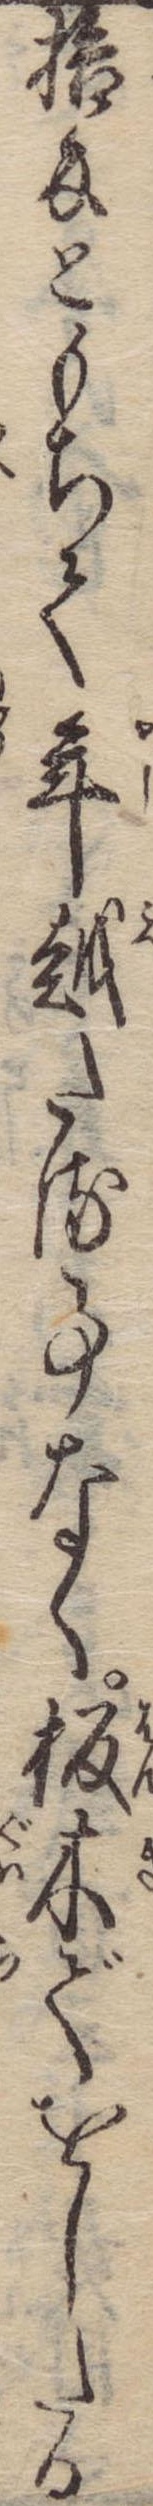
拾匁ともちて年越たる事なく板木でをしたる